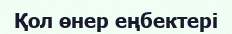
Қол өнер еңбектері